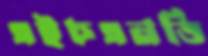
এইচএনডি